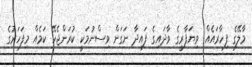
މާލޭގެ ފިހާރައެއް: ވިޔަފާރީގެ ވާދައިގެ ފައިދާ ނަގަން ވިސްނުމަކީ ކުރަންޖެހޭ ކަމެއް މިފަހަރުގެ